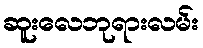
ဆူးလေဘုရားလမ်း